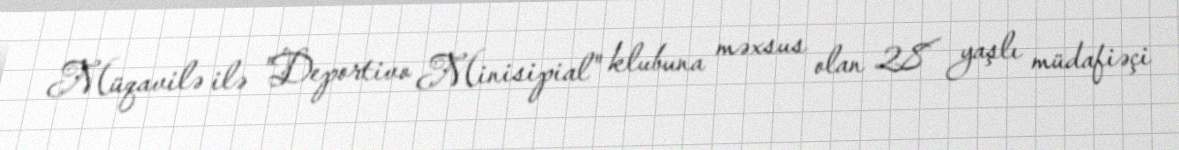
Müqavilə ilə "Deportivo Minisipial" klubuna məxsus olan 28 yaşlı müdafiəçi